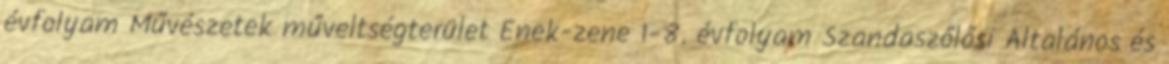
évfolyam Művészetek műveltségterület Ének-zene 1-8. évfolyam Szandaszőlősi Általános és